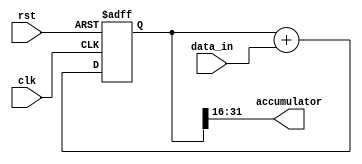
module FixedPointAccumulator(
    input wire clk,
    input wire rst,
    input wire [15:0] data_in,
    output reg [15:0] accumulator
);

reg [31:0] accumulator_internal;

always @(posedge clk or posedge rst)
begin
    if (rst)
        accumulator_internal <= 0;
    else
        accumulator_internal <= accumulator_internal + data_in;
end

assign accumulator = accumulator_internal[31:16];

endmodule